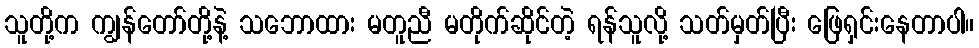
သူတို့က ကျွန်တော်တို့နဲ့ သဘောထား မတူညီ မတိုက်ဆိုင်တဲ့ ရန်သူလို့ သတ်မှတ်ပြီး ဖြေရှင်းနေတာပါ။